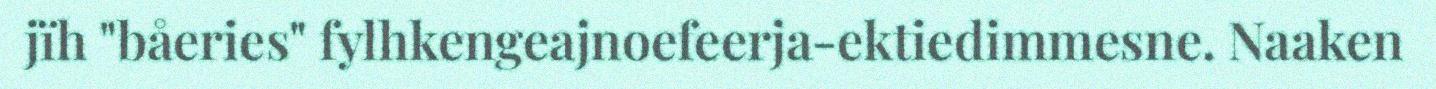
jïh "båeries" fylhkengeajnoefeerja-ektiedimmesne. Naaken